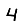
Digit: 4